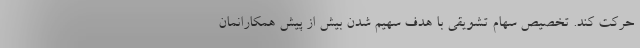
حرکت کند. تخصیص سهام تشویقی با هدف سهیم شدن بیش از پیش همکارانمان